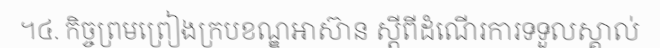
។៤. កិច្ចព្រមព្រៀងក្របខណ្ឌអាស៊ាន ស្តីពីដំណើរការទទួលស្គាល់